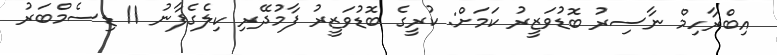
އިބްރާހިމް ނާސިރު ބޮޑުވަޒީރު ކަމަށް: ކުރީގެ ބޮޑުވަޒީރު ފާމުދޭރި ކިލެގެފާނު 11 ޑިސެމްބަރު